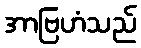
အာဗြဟံသည်